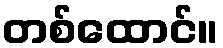
တစ်ထောင်။